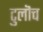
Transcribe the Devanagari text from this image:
टुलॊच